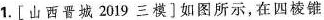
1.[山西晋城2019三模]如图所示，在四棱锥